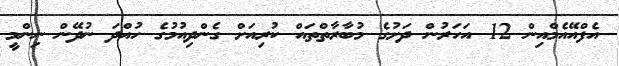
އެފްއޭއެމްއިން 12 އަހަރުން ދަށުގެ މުބާރާތްތައް ކުރިއަށް ގެންދިއުމުގެ ހުއްދަ ނުދޭން ނިންމީ